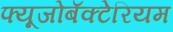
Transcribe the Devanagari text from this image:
फ्यूजोबॅक्टेरियम